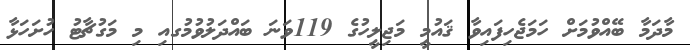
މާދަމާ ބޭއްވުމަށް ހަމަޖެހިފައިވާ ޤައުމީ މަޖިލީހުގެ 119ވަނަ ބައްދަލުވުމުގއި މި މަގުޗާޓު ހުށަހަޅާ